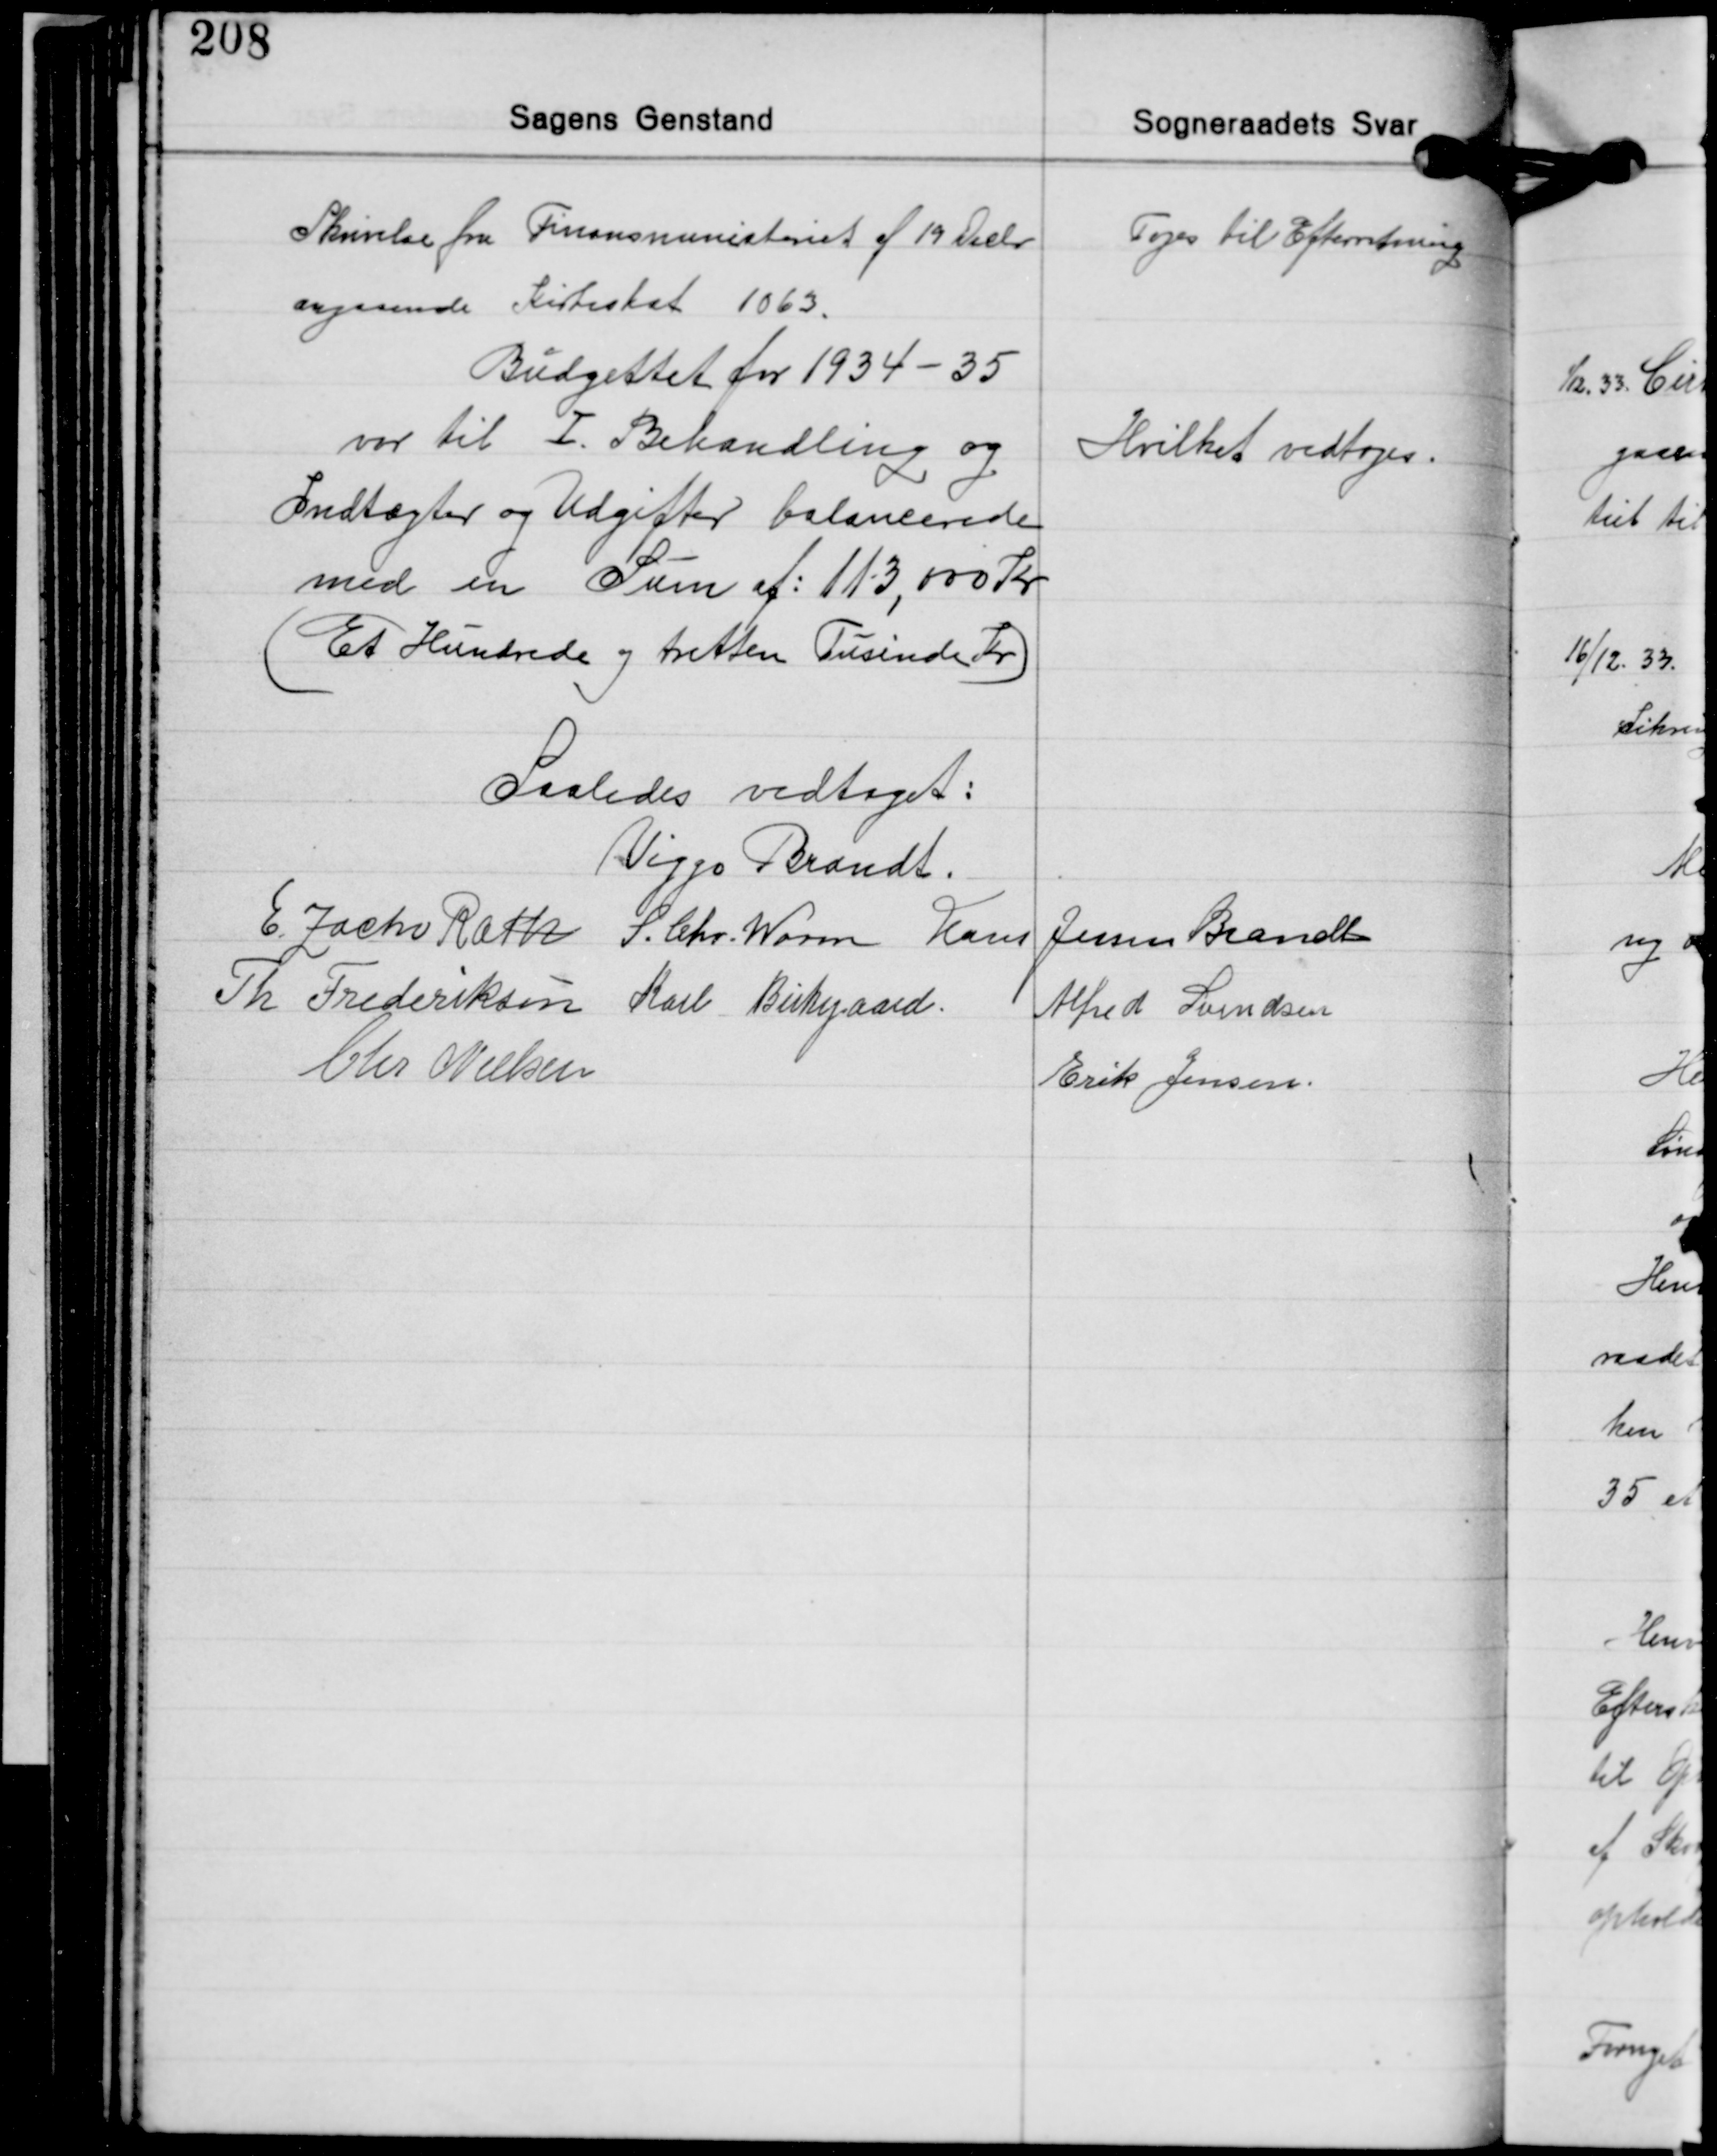
Transskription:
Skrivelse fra Finansministeriet af 19 Decbr.
angaaende Kirkeskat 1063.
Budgettet for 1934-35
var til Ⅰ. Behandling og
Indtægter og Udgifter balancerede
med en Sum af: 113,000 Kr.
Et Hundrede og tretten Tusinde Kr.

Toges til Efterretning

Hvilket vedtoges.

Saaledes vedtaget:
Viggo Brandt
E. Zacho Rath S. Chr. Worm Hans Jessen Brandt
Th. Frederiksen Karl Birkegaard Alfred Svendsen
Chr. Nielsen
Erik Jensen